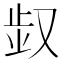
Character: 𠭓